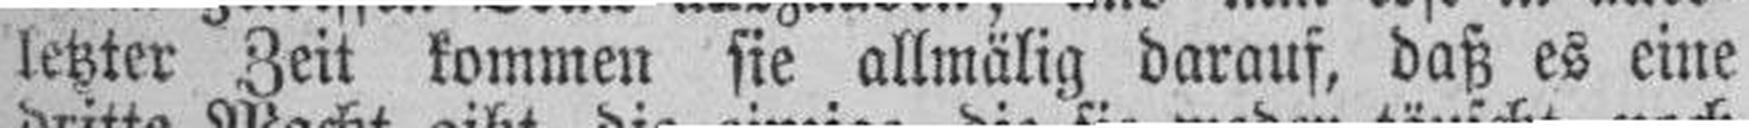
letzter Zeit kommen sie allmälig darauf, daß es eine